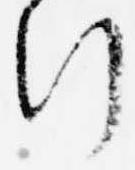
行